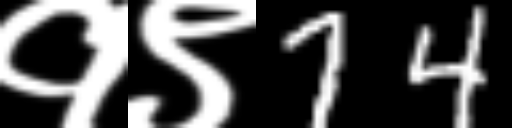
Text: १९74